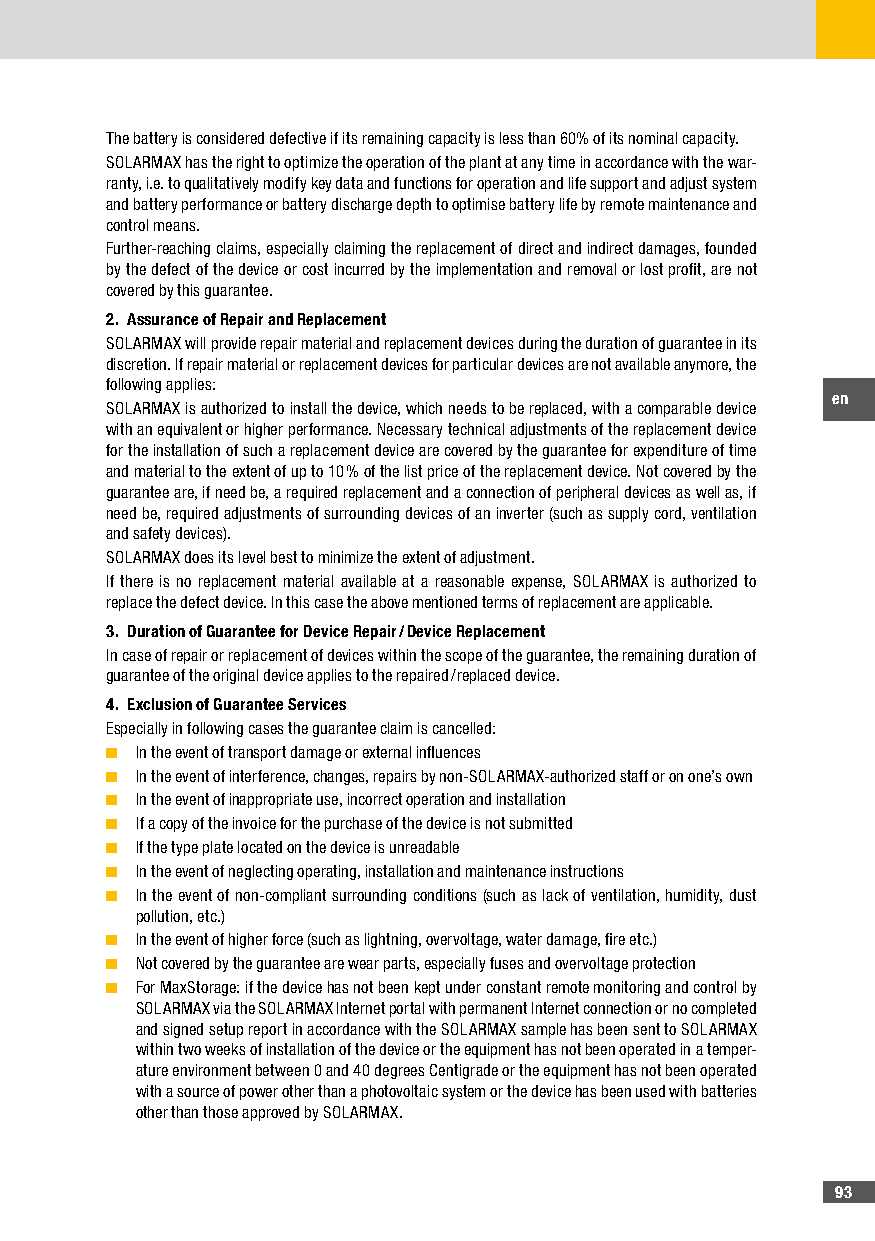
The battery is considered defective if its remaining capacity is less than 60% of its nominal capacity.
 SOLARMAX has the right to optimize the operation of the plant at any time in accordance with the war-
 ranty, i.e. to qualitatively modify key data and functions for operation and life support and adjust system
 and battery performance or battery discharge depth to optimise battery life by remote maintenance and
 control means.
 Further-reaching claims, especially claiming the replacement of direct and indirect damages, founded
 by the defect of the device or cost incurred by the implementation and removal or lost profit, are not
 covered by this guarantee.
 2� Assurance of Repair and Replacement
 SOLARMAX will provide repair material and replacement devices during the duration of guarantee in its
 discretion. If repair material or replacement devices for particular devices are not available anymore, the
 following applies:
 en
 SOLARMAX is authorized to install the device, which needs to be replaced, with a comparable device
 with an equivalent or higher performance. Necessary technical adjustments of the replacement device
 for the installation of such a replacement device are covered by the guarantee for expenditure of time
 and material to the extent of up to 10 % of the list price of the replacement device. Not covered by the
 guarantee are, if need be, a required replacement and a connection of peripheral devices as well as, if
 need be, required adjustments of surrounding devices of an inverter (such as supply cord, ventilation
 and safety devices).
 SOLARMAX does its level best to minimize the extent of adjustment.
 If there is no replacement material available at a reasonable expense, SOLARMAX is authorized to
 replace the defect device. In this case the above mentioned terms of replacement are applicable.
 3� Duration of Guarantee for Device Repair / Device Replacement
 In case of repair or replacement of devices within the scope of the guarantee, the remaining duration of
 guarantee of the original device applies to the repaired / replaced device.
 4� Exclusion of Guarantee Services
 Especially in following cases the guarantee claim is cancelled:
 ■ In the event of transport damage or external influences
 ■ In the event of interference, changes, repairs by non-SOLARMAX-authorized staff or on one’s own
 ■ In the event of inappropriate use, incorrect operation and installation
 ■ If a copy of the invoice for the purchase of the device is not submitted
 ■ If the type plate located on the device is unreadable
 ■ In the event of neglecting operating, installation and maintenance instructions
 ■ In the event of non-compliant surrounding conditions (such as lack of ventilation, humidity, dust
 pollution, etc.)
 ■ In the event of higher force (such as lightning, overvoltage, water damage, fire etc.)
 ■ Not covered by the guarantee are wear parts, especially fuses and overvoltage protection
 ■ For MaxStorage: if the device has not been kept under constant remote monitoring and control by
 SOLARMAX via the SOLARMAX Internet portal with permanent Internet connection or no completed
 and signed setup report in accordance with the SOLARMAX sample has been sent to SOLARMAX
 within two weeks of installation of the device or the equipment has not been operated in a temper-
 ature environment between 0 and 40 degrees Centigrade or the equipment has not been operated
 with a source of power other than a photovoltaic system or the device has been used with batteries
 other than those approved by SOLARMAX.
 93